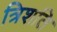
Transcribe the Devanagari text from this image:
त्रिशति